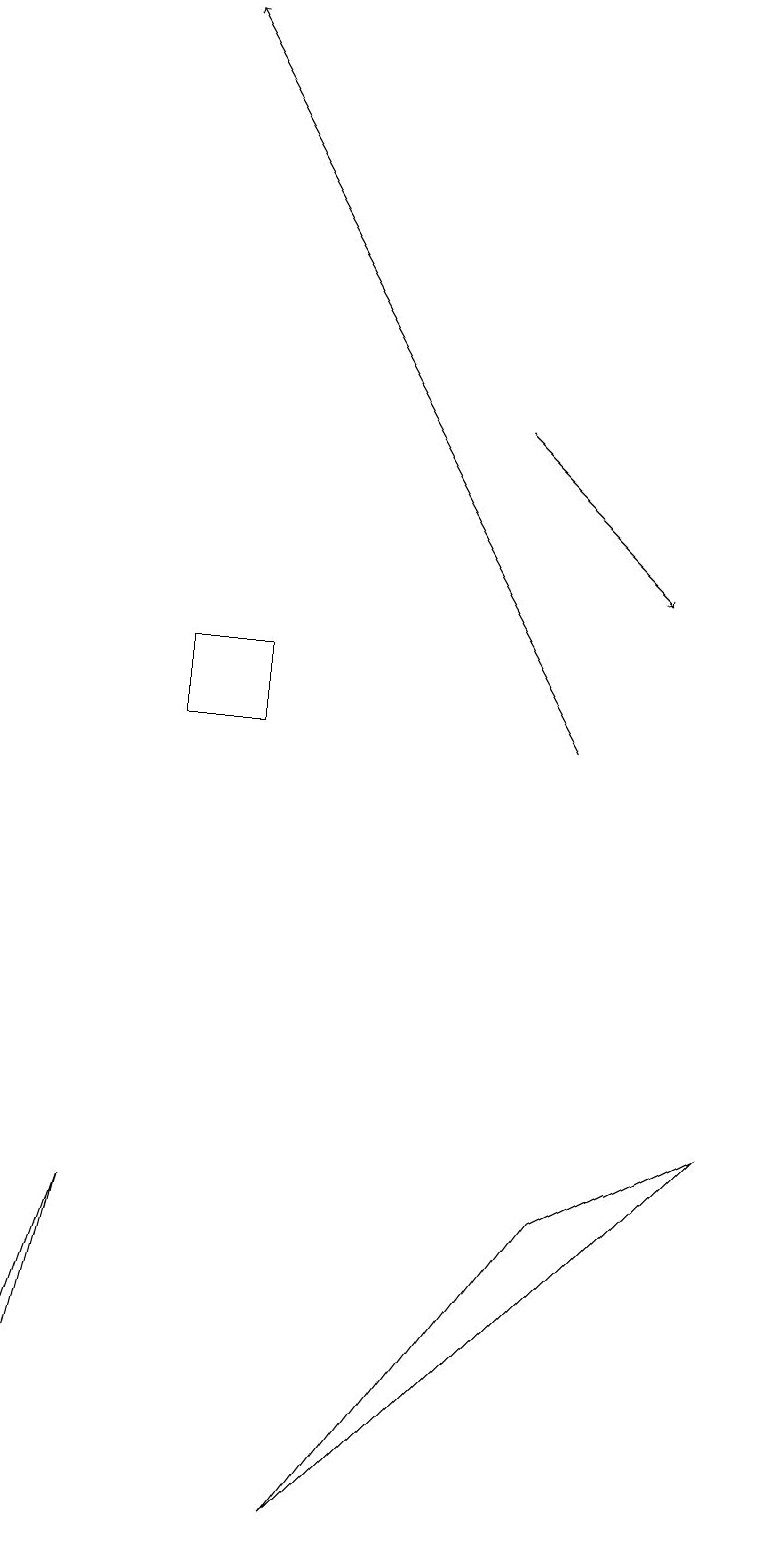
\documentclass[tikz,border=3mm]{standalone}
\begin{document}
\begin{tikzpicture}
\draw (0,1) -- (0,0) -- (1,4) -- cycle;
\draw (4,0) -- (9,5) -- (7,4) -- cycle;
\draw[->] (6,14) -- (8,12);
\draw (2,10) rectangle (3,11);
\draw[->] (7,10) -- (2,19);
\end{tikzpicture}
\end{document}